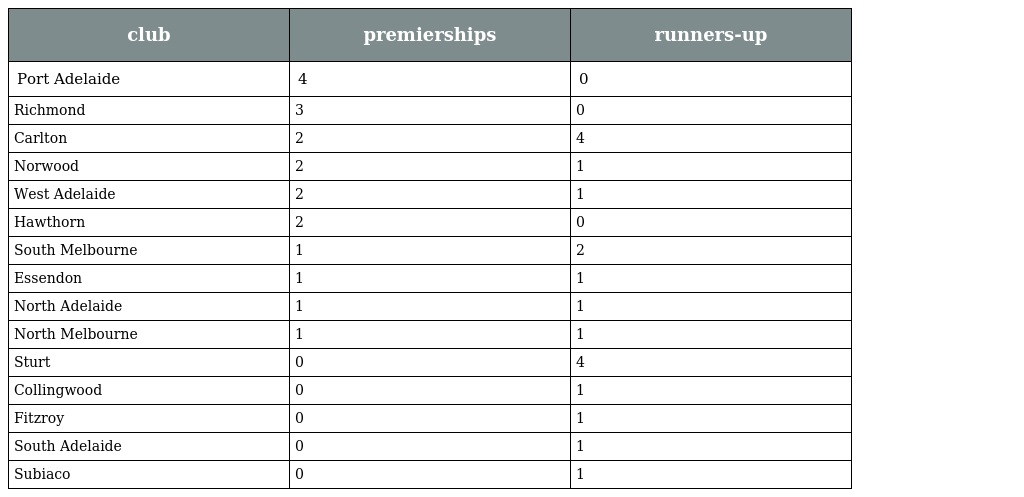
| club | premierships | runners-up |
 | --- | --- | --- |
 | Port Adelaide | 4 | 0 |
 | Richmond | 3 | 0 |
 | Carlton | 2 | 4 |
 | Norwood | 2 | 1 |
 | West Adelaide | 2 | 1 |
 | Hawthorn | 2 | 0 |
 | South Melbourne | 1 | 2 |
 | Essendon | 1 | 1 |
 | North Adelaide | 1 | 1 |
 | North Melbourne | 1 | 1 |
 | Sturt | 0 | 4 |
 | Collingwood | 0 | 1 |
 | Fitzroy | 0 | 1 |
 | South Adelaide | 0 | 1 |
 | Subiaco | 0 | 1 |